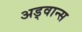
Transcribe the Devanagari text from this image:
अड्वान्स